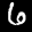
Label: 6